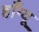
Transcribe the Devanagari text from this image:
हाँग्वू